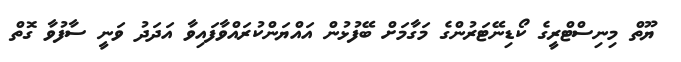
ޔޫތް މިނިސްޓްރީގެ ކޯޑިނޭޓަރުންގެ މަގާމަށް ބޭފުޅުން އައްޔަންކުރައްވާފައިވާ އަދަދު ވަނީ ސާފުވާ ގޮތް